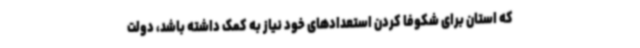
که استان برای شکوفا کردن استعدادهای خود نیاز به کمک داشته باشد، دولت